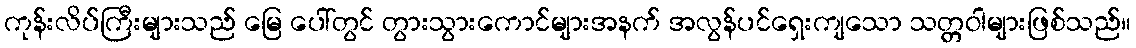
ကုန်းလိပ်ကြီးများသည် မြေ ပေါ်တွင် တွားသွားကောင်များအနက် အလွန်ပင်ရှေးကျသော သတ္တဝါများဖြစ်သည်။